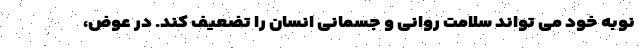
نوبه خود می تواند سلامت روانی و جسمانی انسان را تضعیف کند. در عوض،